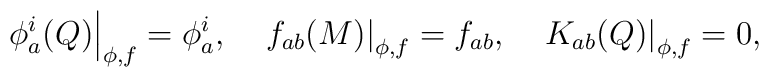
\left.\phi _a^i(Q)\right|_{\phi ,f}=\phi _a^i,\quad \left.f_{ab}(M)\right|_{\phi ,f}=f_{ab},\left.\quad K_{ab}(Q)\right|_{\phi ,f}=0,